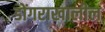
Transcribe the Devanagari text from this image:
डोंगराखालील